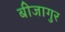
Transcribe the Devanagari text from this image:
बीजागुर